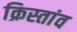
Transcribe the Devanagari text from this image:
क्रिस्तांव